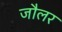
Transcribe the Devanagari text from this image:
जौलर